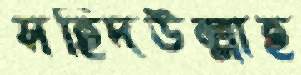
সহিদউল্লাহ